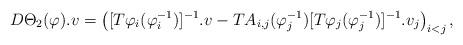
LaTeX: \begin{align*}D\Theta_2(\varphi).v=\left([T\varphi_i(\varphi_i^{-1})]^{-1}.v-TA_{i,j}(\varphi_j^{-1})[T\varphi_j(\varphi_j^{-1})]^{-1}.v_j\right)_{i<j},\end{align*}